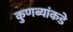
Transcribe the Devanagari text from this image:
कुणब्यांकडे